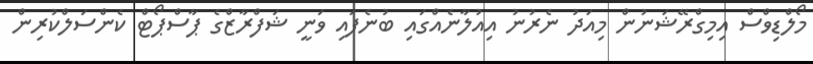
މޯލްޑިވްސް އިމިގްރޭޝަނުން މިއަދު ނެރުނު އިއުލާނެއްގައި ބުނެފައި ވަނީ ޝަފްރާޒްގެ ޕާސްޕޯޓް ކެންސަލްކުރިން